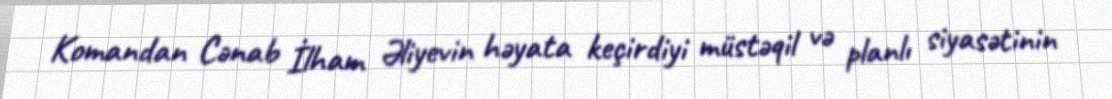
Komandan Cənab İlham Əliyevin həyata keçirdiyi müstəqil və planlı siyasətinin